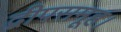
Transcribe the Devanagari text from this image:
द्वीपसमूह।